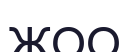
ЖОО